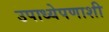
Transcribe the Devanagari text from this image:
उपाध्येपणाशी